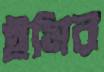
ইমির